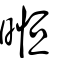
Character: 暅